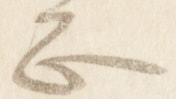
正